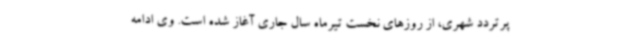
پرتردد شهری، از روزهای نخست تیرماه سال جاری آغاز شده است. وی ادامه